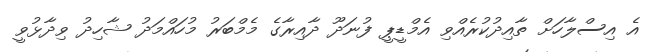
އެ އިސްލާހަށް ތާއިދުކުރެއްވި އެމްޑީޕީ ފުނަދޫ ދާއިރާގެ މެމްބަރު މުހައްމަދު ޝާހިދު ވިދާޅުވީ